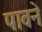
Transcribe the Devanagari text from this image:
पावने